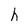
Character: h